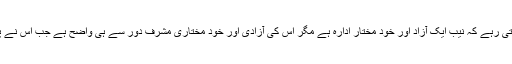
یہ بات اصولی اور کتابی طور پر کہی جاتی رہے کہ نیب ایک آزاد اور خود مختار ادارہ ہے مگر اس کی آزادی اور خود مختاری مشرف دور سے ہی واضح ہے جب اس نے پولیٹیکل انجینئرنگ میں سپیشلائزیشن کی۔